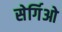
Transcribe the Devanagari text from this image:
सेर्गिओ